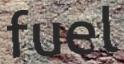
fuel